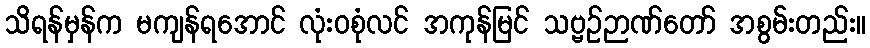
သိရန်မှန်က မကျန်ရအောင် လုံးဝစုံလင် အကုန်မြင် သဗ္ဗဉ်ဉာဏ်တော် အစွမ်းတည်း။